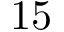
1 5